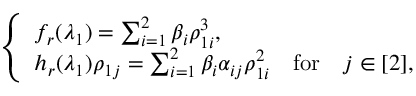
\begin{array} { r } { \left\{ \begin{array} { l l } { f _ { r } ( \lambda _ { 1 } ) = \sum _ { i = 1 } ^ { 2 } \beta _ { i } \rho _ { 1 i } ^ { 3 } , } \\ { h _ { r } ( \lambda _ { 1 } ) \rho _ { 1 j } = \sum _ { i = 1 } ^ { 2 } \beta _ { i } \alpha _ { i j } \rho _ { 1 i } ^ { 2 } \quad \mathrm { f o r } \quad j \in [ 2 ] , } \end{array} \right. } \end{array}